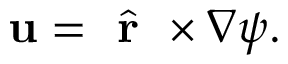
\mathbf { u } = \hat { \textbf { r } } \times \nabla \psi .